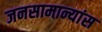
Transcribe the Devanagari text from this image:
जनसामान्यांस